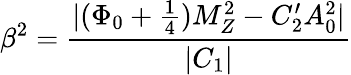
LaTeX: \beta^{2}=\frac{|(\Phi_{0}+\frac{1}{4})M_{Z}^{2}-C_{2}^{\prime}A_{0}^{2}|}{|C_{1}|}